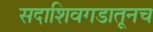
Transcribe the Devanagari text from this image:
सदाशिवगडातूनच